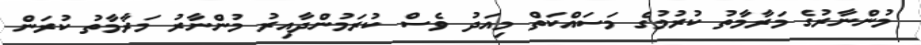
މުންނާރުގެ މަރާމާތު ކުރުމުގެ މަސައްކަތް މިއަދު ވެސް ކުރަމުންދާއިރު މުންނާރު މަރާމާތު ކުރަން